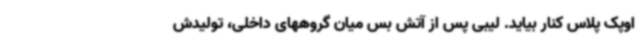
اوپک پلاس کنار بیاید. لیبی پس از آتش بس میان گروههای داخلی، تولیدش